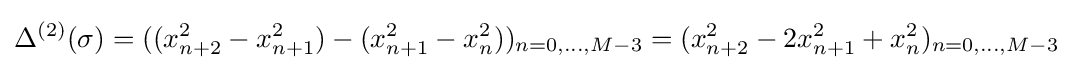
\Delta ^{(2)}(\sigma )=((x_{n+2}^{2}-x_{n+1}^{2})-(x_{n+1}^{2}-x_{n}^{2}))_{n=0,\dots ,M-3}=(x_{n+2}^{2}-2x_{n+1}^{2}+x_{n}^{2})_{n=0,\dots ,M-3}